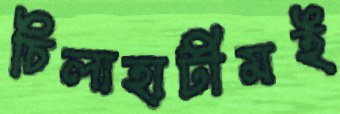
চিলাহাটীমই